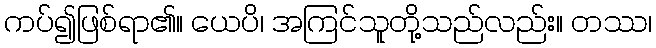
ကပ်၍ဖြစ်ရာ၏။ ယေပိ၊ အကြင်သူတို့သည်လည်း။ တဿ၊